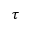
\tau